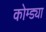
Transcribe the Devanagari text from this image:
कोम्ड्या